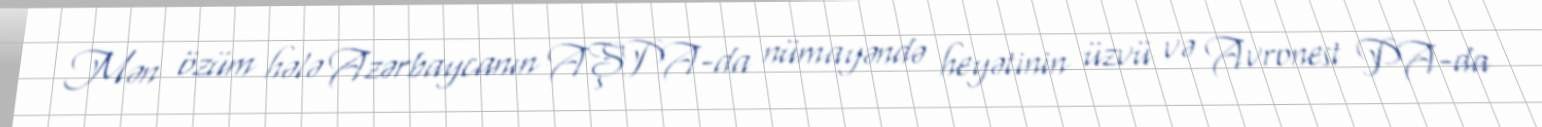
Mən özüm hələ Azərbaycanın AŞPA-da nümayəndə heyətinin üzvü və Avronest PA-da